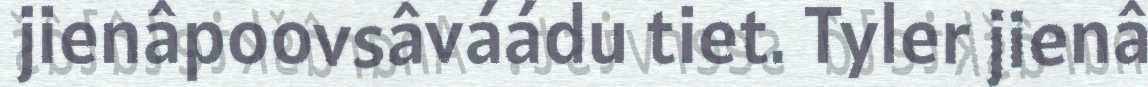
jienâpoovsâváádu tiet. Tyler jienâ